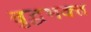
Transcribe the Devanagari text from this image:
बुद्धभक्त